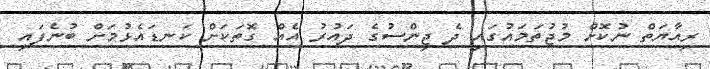
ރިއާޔަތް ނުކޮށް މުޖުތަމައުގައި ދެ ޖިންސުގެ ދައުރު އެއް ގޮތަކަށް ކަނޑައެޅުމަށް ބުނެފައި